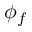
\phi _ { f }